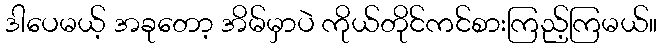
ဒါပေမယ့် အခုတော့ အိမ်မှာပဲ ကိုယ်တိုင်ကင်စားကြည့်ကြမယ်။